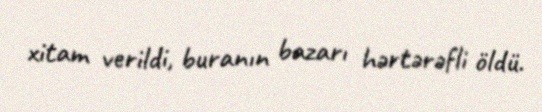
xitam verildi, buranın bazarı hərtərəfli öldü.